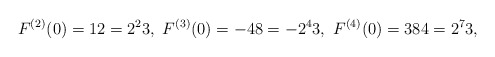
\begin{align*}F^{(2)}(0)=12=2^{2}3,\ F^{(3)}(0)=-48=-2^{4}3,\ F^{(4)}(0)=384=2^{7}3,\end{align*}